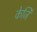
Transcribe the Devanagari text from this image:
केजि